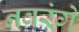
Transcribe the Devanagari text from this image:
नवरंगे